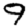
Digit: 9